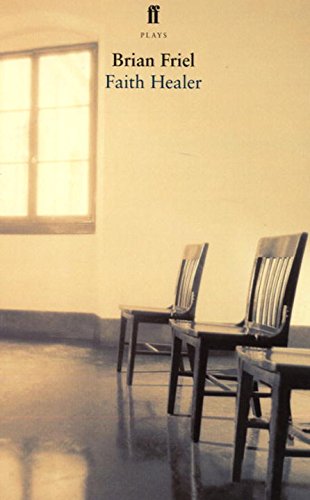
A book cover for Faith Healer; Brian Friel; Literature & Fiction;